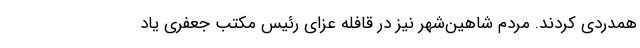
همدردی کردند. مردم شاهین‌شهر نیز در قافله عزای رئیس مکتب جعفری یاد